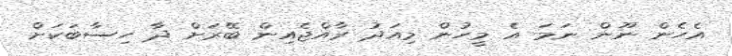
އެހެން ނޫން ނަމަ އެ މީހުން މިއަދު ރާއްޖެއިން ބޭރަށް ދާ ހިސާބަކަށް